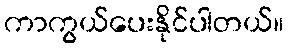
ကာကွယ်ပေးနိုင်ပါတယ်။